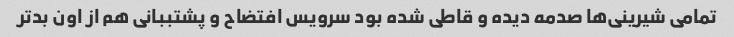
تمامی شیرینی‌ها صدمه دیده و قاطی شده بود سرویس افتضاح و پشتببانی هم از اون بدتر